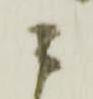
ニ